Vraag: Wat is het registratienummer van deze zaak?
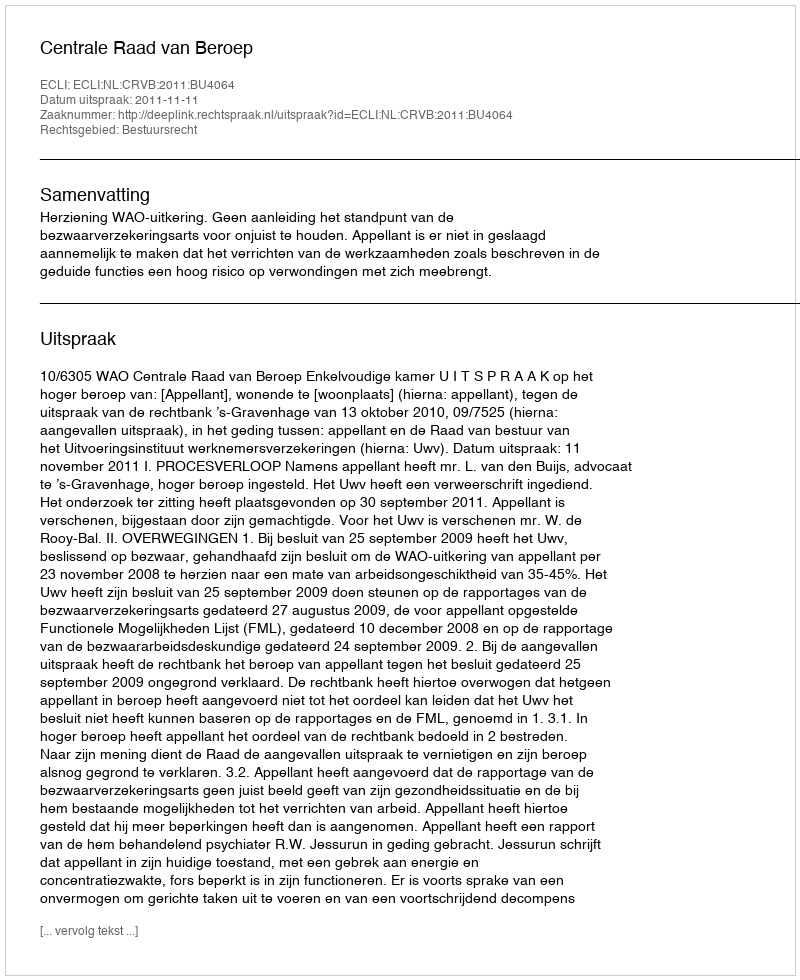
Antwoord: http://deeplink.rechtspraak.nl/uitspraak?id=ECLI:NL:CRVB:2011:BU4064